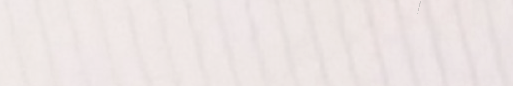
بيع وشراء الأثاث المكتبي